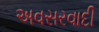
અવસરવાદી